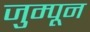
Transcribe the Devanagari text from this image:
जुम्पून